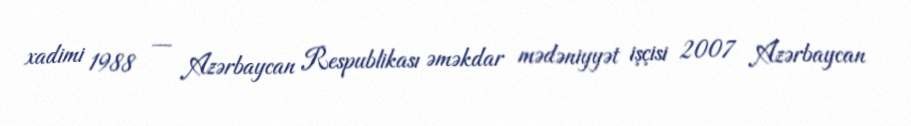
xadimi 1988 — Azərbaycan Respublikası əməkdar mədəniyyət işçisi 2007 Azərbaycan